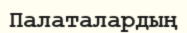
Палаталардың